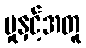
မှုနှင့်အတူ